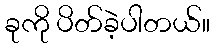
ခုကို ပိတ်ခဲ့ပါတယ်။